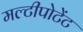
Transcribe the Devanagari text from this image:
मल्टीपोटेंट